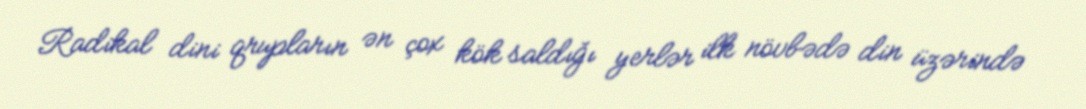
Radikal dini qrupların ən çox kök saldığı yerlər ilk növbədə din üzərində